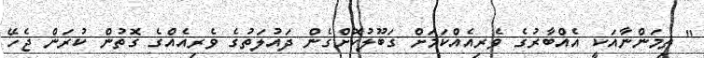
" ތިމަންނާއަކީ އެއްބާރުގެ ވެރިއެއްކަމަށް ގަބޫލުކޮށްގެން ދައުލަތުގެ ވެރިއެއްގެ ގޮތުން ކުރަން ޖެހޭ